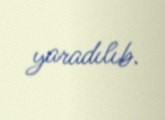
yaradılıb.